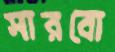
সারবো